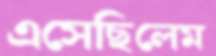
এসেছিলেম